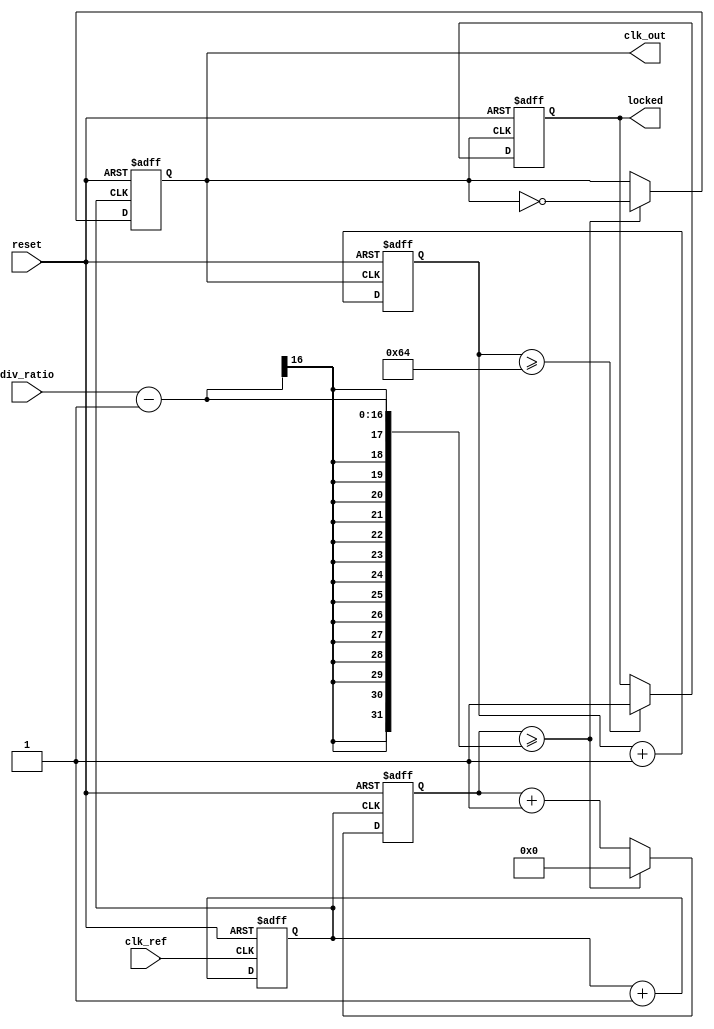
module fractional_PLL (
    input  wire clk_ref,            // Reference clock input
    input  wire reset,              // Asynchronous reset
    input  wire [15:0] div_ratio,   // Division ratio (16-bit for simplicity)
    output wire clk_out,            // Output clock
    output wire locked              // Lock status indicator
);

    // Internal signals
    reg [15:0] phase_error;         // Phase error signal from PD
    reg [15:0] filtered_error;      // Output of Loop Filter
    reg vco_out;                    // VCO output signal
    reg clk_div;                    // Clock divider output
    wire clk_vco;                   // VCO clock signal
    
    // Phase Detector (PD)
    always @(posedge clk_ref or posedge reset) begin
        if (reset) begin
            phase_error <= 16'b0; // Reset phase error
        end else begin
            // Simulate phase comparison - Assume ideal comparison for simplicity
            // In practice, this should calculate the actual phase difference
            phase_error <= phase_error + 1; // Dummy increment for demonstration
        end
    end

    // Loop Filter (LF)
    always @(posedge clk_ref or posedge reset) begin
        if (reset) begin
            filtered_error <= 16'b0; // Reset filtered error
        end else begin
            filtered_error <= filtered_error + phase_error; // Simple integration for demo
        end
    end

    // Voltage-Controlled Oscillator (VCO)
    always @(posedge clk_ref or posedge reset) begin
        if (reset) begin
            vco_out <= 1'b0; // Reset VCO output
        end else begin
            vco_out <= vco_out + 1'b1; // Simplified VCO - In practice, control by filtered error
        end
    end
    
    // Feedback Divider
    reg [15:0] divider_count;
    always @(posedge vco_out or posedge reset) begin
        if (reset) begin
            divider_count <= 16'b0; // Reset counter
            clk_div <= 1'b0; // Reset clk_div
        end else if (divider_count >= div_ratio - 1) begin
            divider_count <= 16'b0;
            clk_div <= ~clk_div; // Toggle clk_div output
        end else begin
            divider_count <= divider_count + 1;
        end
    end

    // Output clock
    assign clk_out = clk_div;

    // Lock detection (basic example)
    reg [7:0] lock_count; // Count of stable cycles
    always @(posedge clk_out or posedge reset) begin
        if (reset) begin
            lock_count <= 8'b0;
            locked <= 1'b0;
        end else begin
            lock_count <= lock_count + 1; // Increment lock_counter
            // Assume locking criteria is met after certain counts; adjust as necessary
            if (lock_count >= 8'd100) begin // Example threshold
                locked <= 1'b1; // Lock achieved
            end
        end
    end

endmodule